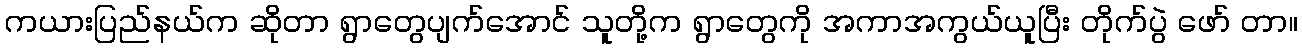
ကယားပြည်နယ်က ဆိုတာ ရွာတွေပျက်အောင် သူတို့က ရွာတွေကို အကာအကွယ်ယူပြီး တိုက်ပွဲ ဖော် တာ။